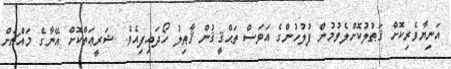
އަނިޔާވެރިކޮށް ޤަޠުލުކޮށްލެވުމުން ފުލުހުންގެ އަވަސް ތަޙްޤީޤުން ޤާޠިލު ހޯދައިފިއެވެ. ޝަރީޢަތްކޮށް އޭނާގެ މައްޗަށް